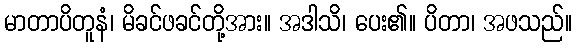
မာတာပိတူနံ၊ မိခင်ဖခင်တို့အား။ အဒါသိ၊ ပေး၏။ ပိတာ၊ အဖသည်။